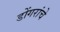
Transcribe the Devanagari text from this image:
डोंगरांचे